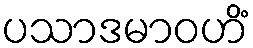
ပသာဒမာဝဟိံ